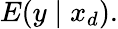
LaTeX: E(y\mid x_{d}).